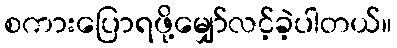
စကားပြောရဖို့မျှော်လင့်ခဲ့ပါတယ်။